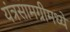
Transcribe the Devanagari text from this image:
यंत्रसामग्रीमध्ये